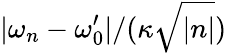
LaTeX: |\omega_{n}-\omega_{0}^{\prime}|/(\kappa\sqrt{|n|})